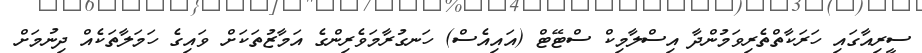
ސީރިއާގައި ހަރަކާތްތެރިވަމުންދާ އިސްލާމިކް ސްޓޭޓް (އައިއެސް) ހަނގުރާމަވެރިންގެ އަމާޒުތަކަށް ވައިގެ ހަމަލާތަކެއް ދިނުމަށް